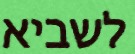
לשביא